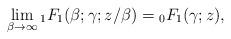
LaTeX: \begin{align*}\lim\limits_{\beta\rightarrow\infty}{}_{1}F_{1}(\beta;\gamma;z/\beta)={}_{0}F_{1}(\gamma;z),\end{align*}